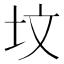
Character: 坟